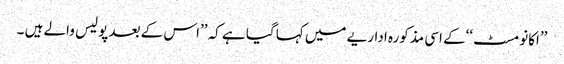
’’اکانومسٹ‘‘کے اسی مذکورہ اداریے میں کہا گیا ہے کہ ’’اس کے بعد پولیس والے ہیں ۔